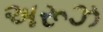
અરૂઝ